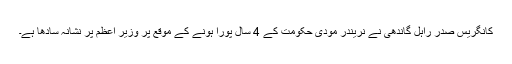
کانگریس صدر راہل گاندھی نے نریندر مودی حکومت کے 4 سال پورا ہونے کے موقع پر وزیر اعظم پر نشانہ سادھا ہے۔